Vaccination report Assam 1896-1927 - 1896-1927
Year: 1896
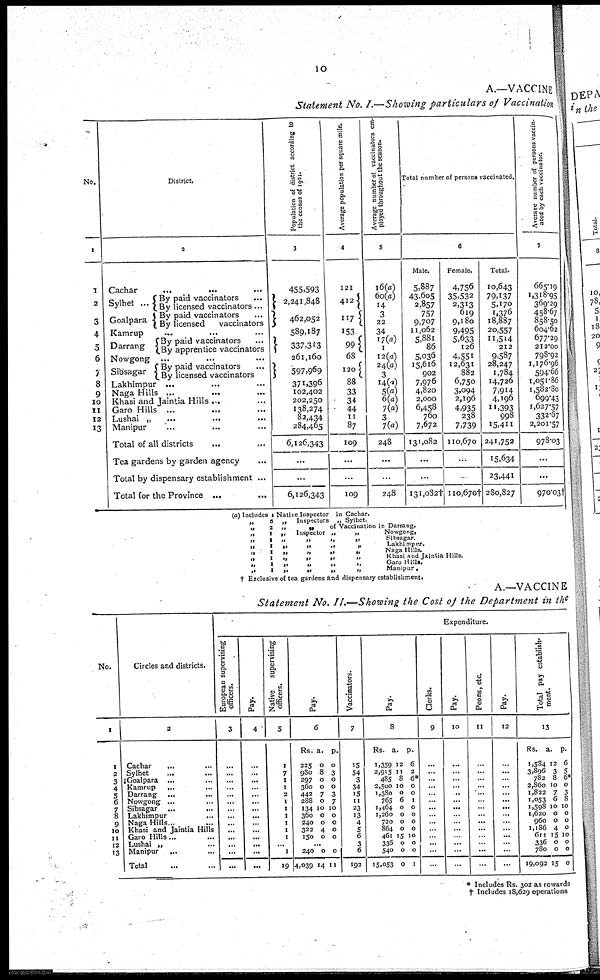
10
A.—VACCINE
Statement No. I.—Showing particulars of Vaccination
No.
1
1
2
3
4
5
6
7
8
9
10
11
12
13
District.
2
Cachar
...
...
...
Sylhet ...
Goalpara
By paid vaccinators
...
By licensed vaccinators...
By paid vaccinators ...
By licensed
vaccinators
Kamrup ... ... ...
Darrang
By paid vaccinators ...
By apprentice vaccinators
Nowgong
...
...
...
Sibsagar
By paid vaccinators ...
By licensed vaccinators
Lakhimpur ... ... ...
Naga Hills
...
...
...
Khasi and Jaintia Hills ... ... ...
Garo Hills ... ... ...
Lushai „
...
...
...
Manipur ... ... ...
Total of all districts ... ... ...
Tea gardens by garden agency ...
Total by dispensary establishment ...
Total for the Province ...
Population of district according to
the census of 1901.
3
455,593
2,241,848
462,052
589,187
337,313
261,160
597,969
371,396
102,402
202,250
138,274
82,434
284,465
6,126,343
...
...
6,126,343
Average population per square mile.
4
121
412
117
153
99
68
120
88
33
34
44
11
87
109
...
...
109
Average number of vaccinators em-
ployed throughout the season.
5
16(a)
60(a)
14
3
22
34
17(a)
1
12(a)
24(a)
3
14(a)
5(a)
6(a)
7(a)
3
7(a)
248
...
...
248
Total number of persons vaccinated
6
Male.
5,887
43,605
2,857
757
9,707
11,062
5,881
86
5,036
15,616
902
7,976
4,820
2,000
6,458
760
7,672
131,082
...
...
131,082†
Female.
4,756
35,532
2,313
619
9,l80
9,495
5,633
126
4,551
12,631
882
6,750
3,094
2,196
4,935
238
7,739
110,670
...
...
110,670†
Total.
10,643
79,137
5,170
1,376
18,887
20,557
11,514
212
9,587
28,247
1,784
14,726
7,914
4,196
11,393
998
15,411
241,752
15,634
23,441
280,827
Average number of persons vaccin-
ated by each vaccinator.
7
665.19
1,318.95
369.29
458.67
858.50
604.62
677.29
212.00
798.92
1,176.96
594.66
1,051.86
1,582.80
699.43
1,627.57
332.67
2,201.57
978.03
...
...
970.03†
(a) Includes 1 Native Inspector in Cachar.
„
6 „ Inspectors „ Sylhet.
„
2 „
„
of Vaccination in Darrang.
„
1 „
Inspector „
„
Nowgong,
„
1 „
„
„
„
Sibsagar.
„
1 „
„
„
„
Lakhimpur.
„
1 „
„
„
„
Naga Hills.
„
1 „
„
„
„
Khasi and Jaintia Hills.
„
1 „
„
„
„
Garo Hills.
,.
1 ,.
„
„
„
Manipur.
† Exclusive of tea gardens and dispensary establishment.
A.—VACCINE
Statement No. II—Showing the Cost of the Department in the
No.
1
1
2
3
4
5
6
7
8
9
10
11
12
13
Circles and districts.
2
Cachar ... ...
Sylhet ... ...
Goalpara ... ...
Kamrup
...
...
Darrang
...
...
Nowgong ... ...
Sibsagar
...
...
Lakhimpur ... ...
Naga Hills
...
...
Khasi and Jaintia Hills
Garo Hills... ...
Lushai „ ... ...
Manipur ... ...
Total ... ...
Expenditure.
European supervising
officers.
3
...
...
...
...
...
...
...
...
...
...
...
...
...
...
Pay.
4
...
...
...
...
...
...
...
...
...
...
...
...
...
...
Native
supervising
officers.
5
1
7
1
1
2
1
1
1
1
1
1 ...
1
19
Pay.
6
Rs.
225
980
297
360
442
288
134
360
240
322
150
a.
0
8
0
0
7
0
10
0
0
4
0
p.
0
3
0
0
3
7
10
0
0
0
0
...
240
4,039
0
14
0
11
Vaccinators.
7
15
54
3
34
15
11
23
13
4
5
6
3
6
192
Pay.
8
Rs.
1,359
2,915
485
2,500
1,380
765
1,464
1,260
720
864
461
336
540
15,053
a.
12
11
8
10
0
6
0
0
0
0
15
0
0
0
p.
6
2
6*
0
0
1
0
0
0
0
10
0
0
1
Clerks.
9
...
...
...
...
...
...
...
...
...
...
...
...
...
...
Pay.
10
...
...
...
...
..
...
...
...
...
...
...
...
...
...
Peons, etc.
11
...
...
...
...
...
...
...
...
...
...
...
...
...
...
Pay.
12
...
...
...
...
...
...
...
...
...
...
...
...
...
...
Total pay establish-
ment.
13
Rs.
1,584
3,896
782
2,860
1,822
1,053
1,598
1,620
960
1,186
611
336
780
19,092
a.
12
3
8
10
7
6
10
0
0
4
15
0
0
15
p.
6
5
6*
0
3
8
10
0
0
0
10
0
0
0
* Includes Rs. 302 as rewards
† Includes 18,629 operations